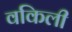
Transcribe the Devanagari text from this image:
वकिली